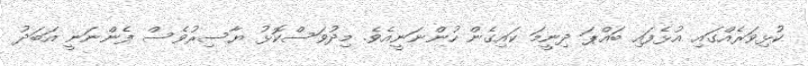
ކުޅިވަރެއްގައި އުޅެފައި ބައްޕަ ދިނީމަ ކައިގެން ހުންނަނީއެވެ. މިދުވަސްކޮޅު ޔާސިރުވެސް ފެންނަނީ އަބަދު